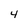
Character: 4